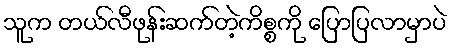
သူက တယ်လီဖုန်းဆက်တဲ့ကိစ္စကို ပြောပြလာမှာပဲ